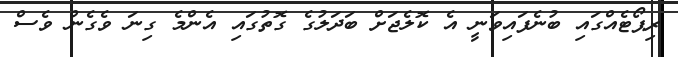
ރިޕޯޓެއްގައި ބުނެފައިވަނީ އެ ކޮލެޖަށް ބަދަލުގެ ގޮތުގައި އެންމެ ގިނަ ވެގެން ވެސް